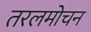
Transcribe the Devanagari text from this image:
तरलमोचन